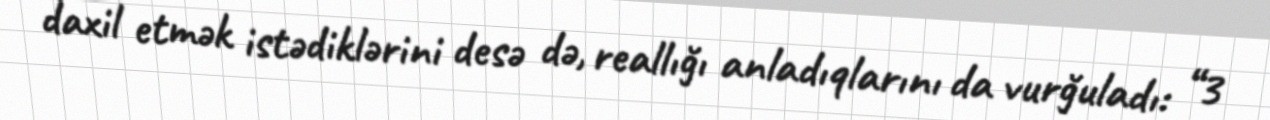
daxil etmək istədiklərini desə də, reallığı anladıqlarını da vurğuladı: “3